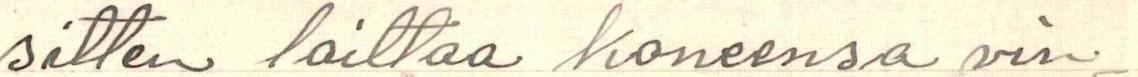
sitten laittaa koneensa vin-